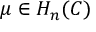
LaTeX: \mu \in H _ { n } ( C )